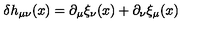
\delta h _ { \mu \nu } ( x ) = \partial _ { \mu } \xi _ { \nu } ( x ) + \partial _ { \nu } \xi _ { \mu } ( x )